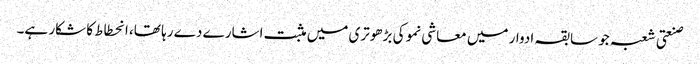
صنعتی شعبہ جو سابقہ ادوار میں معاشی نمو کی بڑھوتری میں مثبت اشارے دے رہا تھا، انحطاط کا شکار ہے۔